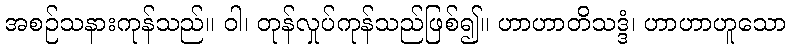
အစဉ်သနားကုန်သည်။ ဝါ၊ တုန်လှုပ်ကုန်သည်ဖြစ်၍။ ဟာဟာတိသဒ္ဒံ၊ ဟာဟာဟူသော